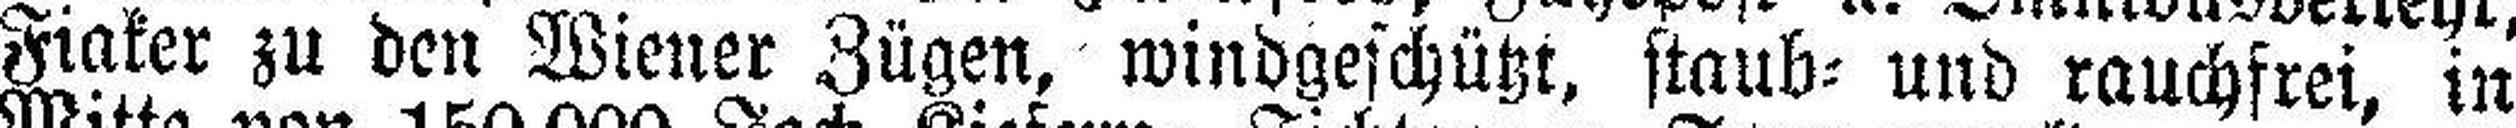
Fiaker zu den Wiener Zügen, windgeschützt, staub= und rauchfrei, in